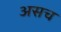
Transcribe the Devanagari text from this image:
असच